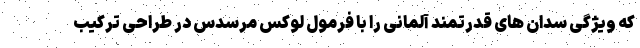
که ویژگی سدان های قدرتمند آلمانی را با فرمول لوکس مرسدس در طراحی ترکیب